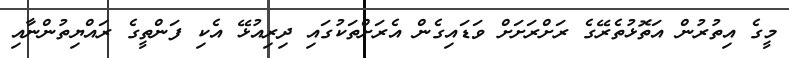
މީގެ އިތުރުން އަތޮޅުތެރޭގެ ރަށްރަށަށް ވަޑައިގެން އެރަށްތަކުގައި ދިރިއުޅޭ އެކި ފަންތީގެ ރައްޔިތުންނާއި